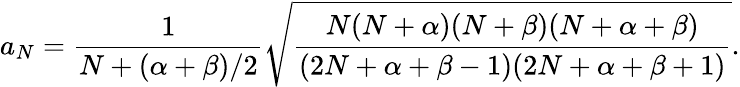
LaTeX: a_{N}={\frac{1}{N+(\alpha+\beta)/2}}\sqrt{{\frac{N(N+\alpha)(N+\beta)(N+\alpha+\beta)}{(2N+\alpha+\beta-1)(2N+\alpha+\beta+1)}}}.